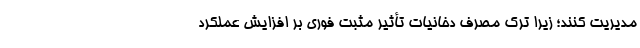
مدیریت کنند؛ زیرا ترک مصرف دخانیات تأثیر مثبت فوری بر افزایش عملکرد